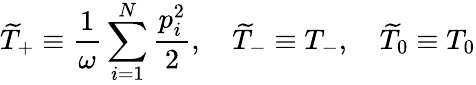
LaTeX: \widetilde{T}_{+}\equiv\frac{1}{\omega}\sum_{i=1}^{N}\frac{p_{i}^{2}}{2},\quad\widetilde{T}_{-}\equiv T_{-},\quad\widetilde{T}_{0}\equiv T_{0}